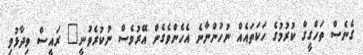
ގެނެސް ތަހްގީގް ކުރުމުގެ ހަކަތައެއް ނުހުންނާނެ އެހެންވެގެން އޭރުވެސް ނުކުރެވުނީ" ރައީސް ވިދާޅުވި